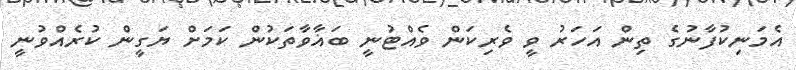
އެމަނިކުފާނުގެ ތިން އަހަރު ވީ ވެރިކަން ވެއްޓުނީ ބަޣާވާތަކުން ކަމަށް ޔަގީން ކުރެއްވުނީ